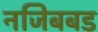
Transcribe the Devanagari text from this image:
नजिबबड